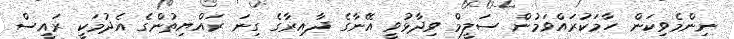
ނިންމެވިކަން ހާމަކުރައްވަމުން ސަލީމް ވިދާޅުވީ އޭނާގެ ދާއިރާގެ ގިނަ ރައްޔިތުންގެ އެދުމަކީ ރައީސް